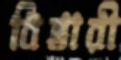
বিস্তারী